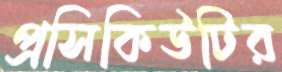
প্রসিকিউটির